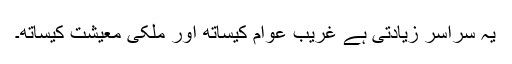
یہ سراسر زیادتی ہے غریب عوام کیساتھ اور ملکی معیشت کیساتھ۔